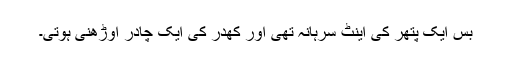
بس ایک پتھر کی اینٹ سرہانہ تھی اور کھدر کی ایک چادر اوڑھنی ہوتی۔